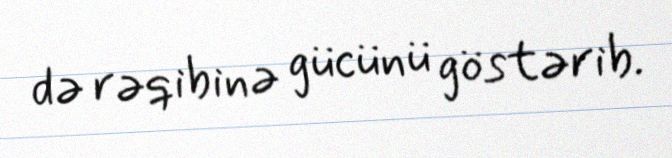
də rəqibinə gücünü göstərib.